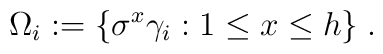
\Omega _{i}:=\{\sigma ^{x}\gamma _{i}:1\leq x\leq h\}\;.